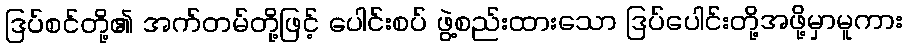
ဒြပ်စင်တို့၏ အက်တမ်တို့ဖြင့် ပေါင်းစပ် ဖွဲ့စည်းထားသော ဒြပ်ပေါင်းတို့အဖို့မှာမူကား